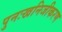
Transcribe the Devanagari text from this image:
पुनःखनिजीकरण